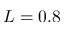
L = 0 . 8